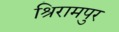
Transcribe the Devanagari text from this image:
श्रिरामपुर